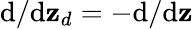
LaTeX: {\textnormal{d}}/{\textnormal{d}\mathbf{z}_{d}}=-{\textnormal{d}}/{\textnormal{d}\mathbf{z}}